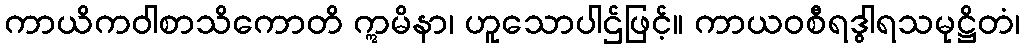
ကာယိကဝါစာသိကောတိ ဣမိနာ၊ ဟူသောပါဌ်ဖြင့်။ ကာယဝစီရဒွါရသမုဋ္ဌိတံ၊